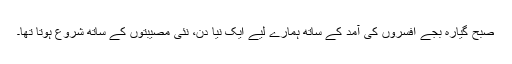
صبح گیارہ بجے افسروں کی آمد کے ساتھ ہمارے لیے ایک نیا دن، نئی مصیبتوں کے ساتھ شروع ہوتا تھا۔